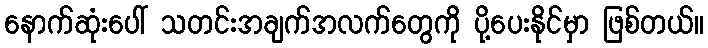
နောက်ဆုံးပေါ် သတင်းအချက်အလက်တွေကို ပို့ပေးနိုင်မှာ ဖြစ်တယ်။